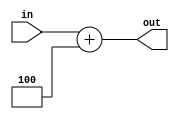
`timescale 1ns / 1ps
//////////////////////////////////////////////////////////////////////////////////
// Company: 
// Engineer: 
// 
// Design Name: 
// Module Name: PCAdder
// Project Name: 
// Target Devices: 
// Tool Versions: 
// Description: 
// 
// Dependencies: 
// 
// Revision:
// Revision 0.01 - File Created
// Additional Comments:
// 
//////////////////////////////////////////////////////////////////////////////////


module PCAdder(in, out);
    input wire [31:0] in;
    output reg [31:0] out;
    
    initial begin
        out <= 100;
    end
    
    always @ (in)
        out <= in + 4;
    
endmodule